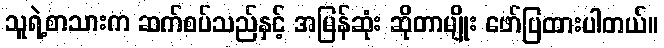
သူရဲ့စာသားက ဆက်စပ်သည်နှင့် အမြန်ဆုံး ဆိုတာမျိုး ဖော်ပြထားပါတယ်။